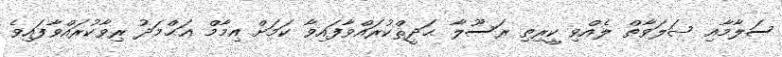
ސަލާމާއި ޞަލަވާތް ލެއްވި ކީރިތި ރަސޫލާ ޙަދީޘްކުރައްވާފައިވާ ކަމަށް އިމާމް ޢަޙްމަދު ރިވާކުރައްވާފައިވެ